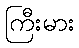
ကြီးမား